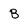
Character: B